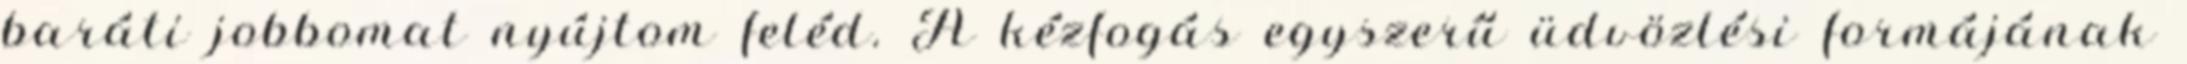
baráti jobbomat nyújtom feléd. A kézfogás egyszerű üdvözlési formájának